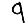
Digit: 9